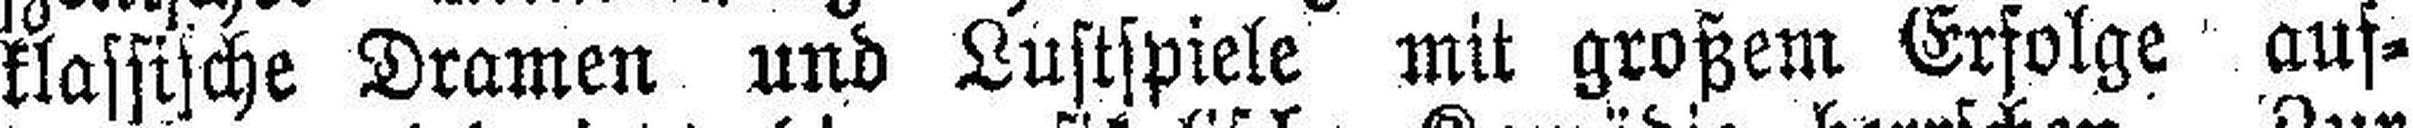
klassische Dramen und Lustspiele mit großem Erfolge auf¬